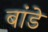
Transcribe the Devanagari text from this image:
बांडे